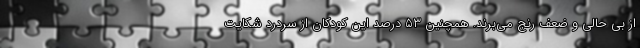
از بی حالی و ضعف رنج می‌برند. همچنین ۵۳ درصد این کودکان از سردرد شکایت